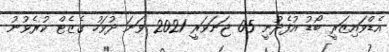
އެޑްވައިޒަރީ ބޯޑު އުފެދުނީ 05 ޖަނަވަރީ 2021 ވަނަ ދުވަހު ގެޒެޓް ކުރެވުނު